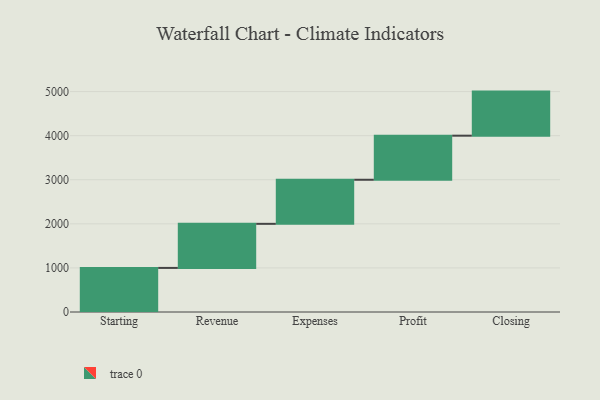
{"axis": {"x": "Step", "y": "Value"}, "legend": [""], "data": [{"x": "Starting", "y": 1000, "type": ""}, {"x": "Revenue", "y": 1000, "type": ""}, {"x": "Expenses", "y": 1000, "type": ""}, {"x": "Profit", "y": 1000, "type": ""}, {"x": "Closing", "y": 1000, "type": ""}]}